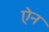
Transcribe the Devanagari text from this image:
एेन